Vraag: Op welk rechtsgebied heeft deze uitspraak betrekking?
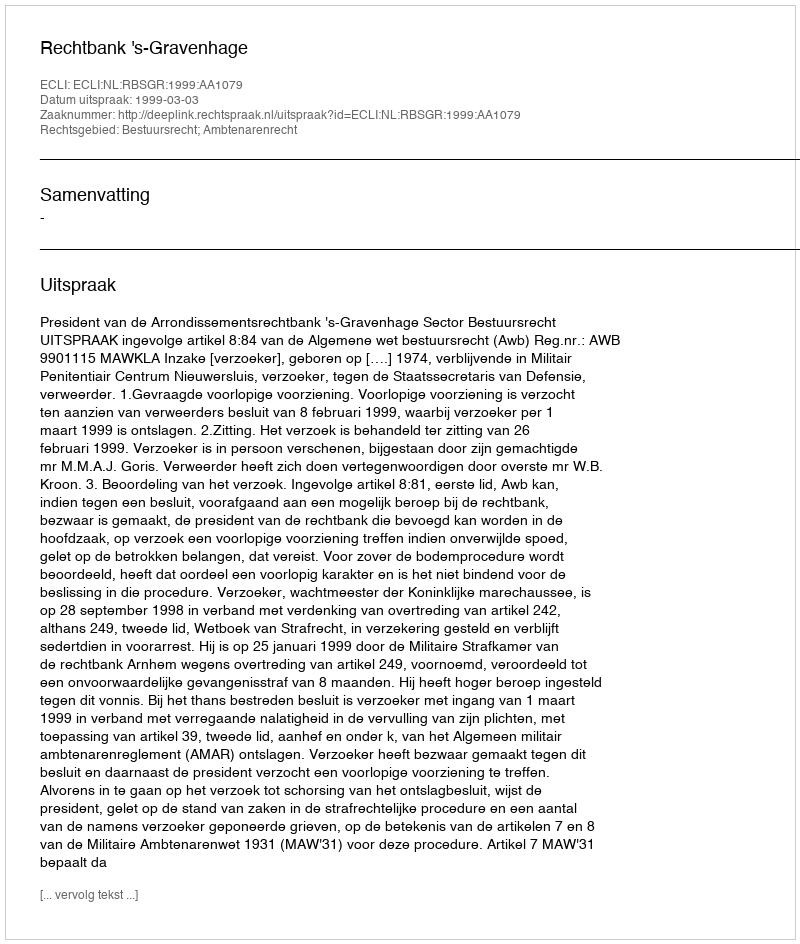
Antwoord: Bestuursrecht; Ambtenarenrecht